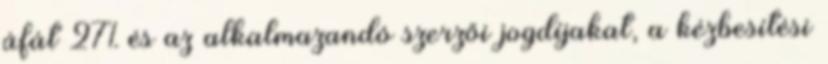
áfát 27% és az alkalmazandó szerzői jogdíjakat, a kézbesítési